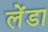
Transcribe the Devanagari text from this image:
लेंडा